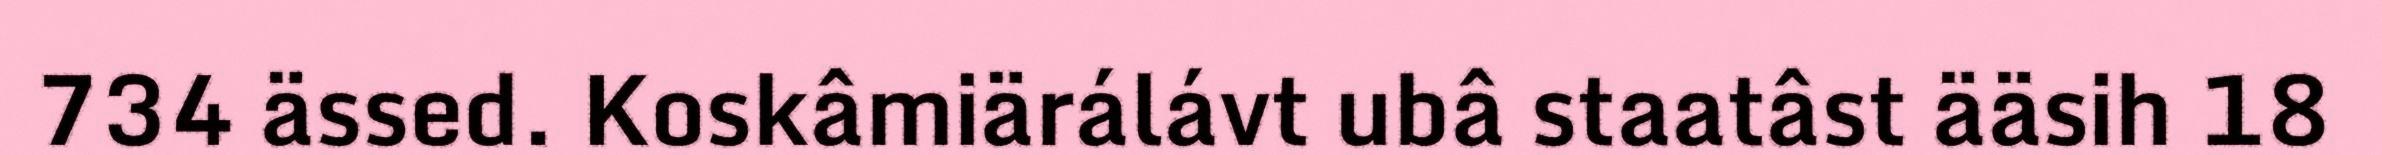
734 ässed. Koskâmiärálávt ubâ staatâst ääsih 18